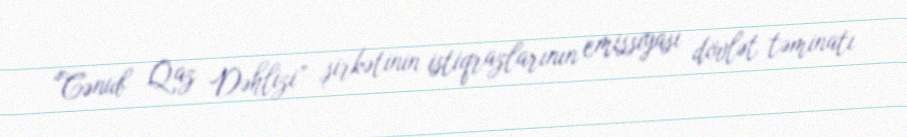
“Cənub Qaz Dəhlizi” şirkətinin istiqrazlarının emissiyası dövlət təminatı